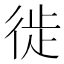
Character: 徙